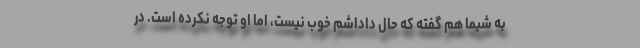
به شیما هم گفته که حال داداشم خوب نیست، اما او توجه نکرده است. در